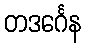
တဒင်္ဂေန